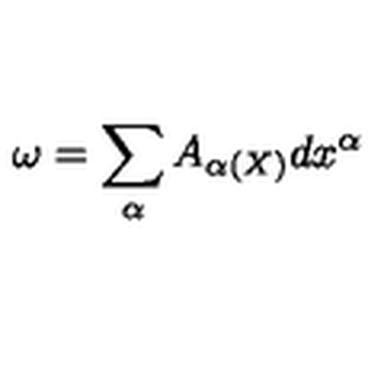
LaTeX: \omega = \sum _ { \alpha } A _ { \alpha ( X ) } d x ^ { \alpha }